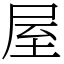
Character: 屋